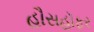
હૌસહૉફર